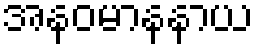
အနဝမာနနာယ